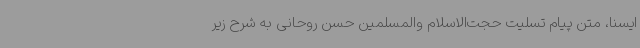
ایسنا، متن پیام تسلیت حجت‌الاسلام والمسلمین حسن روحانی به شرح زیر